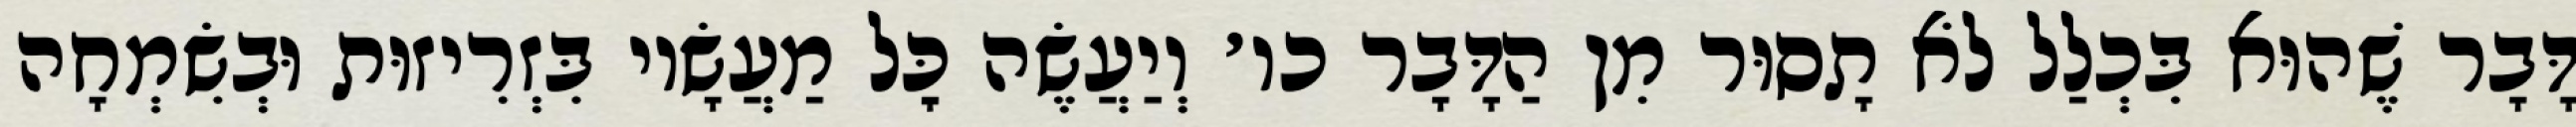
דָּבָר שֶׁהוּא בִּכְלַל לֹא תָסוּר מִן הַדָּבָר כו׳ וְיַעֲשֶׂה כׇּל מַעֲשָׂיו בִּזְרִיזוּת וּבְשִׂמְחָה